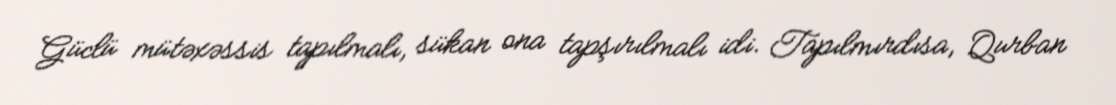
Güclü mütəxəssis tapılmalı, sükan ona tapşırılmalı idi. Tapılmırdısa, Qurban